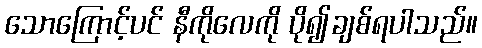
သောကြောင့်ပင် နီကိုလေကို ပို၍ချစ်ရပါသည်။